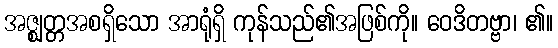
အဇ္ဈတ္တအစရှိသော အာရုံရှိ ကုန်သည်၏အဖြစ်ကို။ ဝေဒိတဗ္ဗာ၊ ၏။